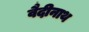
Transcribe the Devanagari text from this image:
वैदीनाथ